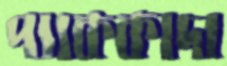
প্যাককাদা